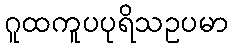
ဂူထကူပပုရိသဥပမာ